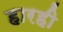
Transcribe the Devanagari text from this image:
हारही